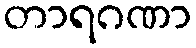
တာရဂဏာ